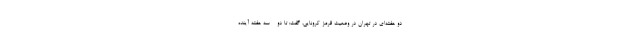
دو هفته‌ای در تهران در وضعیت قرمز کرونایی، گفت: تا دو - سه هفته آینده